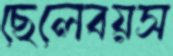
ছেলেবয়স